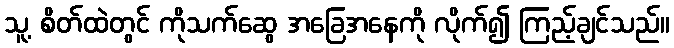
သူ့ စိတ်ထဲတွင် ကိုသက်ဆွေ အခြေအနေကို လိုက်၍ ကြည့်ချင်သည်။